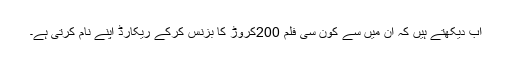
اب دیکھتے ہیں کہ ان میں سے کون سی فلم 200کروڑ کا بزنس کرکے ریکارڈ اپنے نام کرتی ہے۔